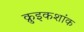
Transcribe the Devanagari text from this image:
क्रुइकशांक